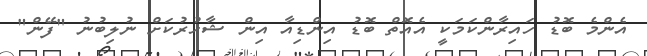
އެންމެ ބޮޑު ހައިރާންކަމަކީ އެއޮތް ބޮޑު އިންޑިއާ އިން ޝާހުރުކަށް ނުލިބުނު "ފޭން"